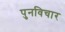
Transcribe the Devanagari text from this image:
पुनविचार